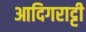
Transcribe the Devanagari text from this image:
आदिगराट्टी